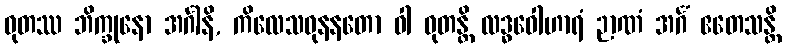
ဓုတဿ ဘိက္ခုနော အင်္ဂါနိ, ကိလေသဓုနနတော ဝါ ဓုတန္တိ လဒ္ဓဝေါဟာရံ ဉာဏံ အင်္ဂံ ဧတေသန္တိ